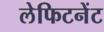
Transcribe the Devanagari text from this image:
लेफिटनेंट